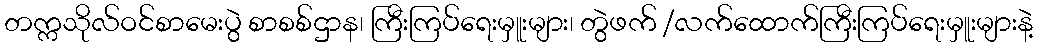
တက္ကသိုလ်ဝင်စာမေးပွဲ စာစစ်ဌာန၊ ကြီးကြပ်ရေးမှူးများ၊ တွဲဖက် /လက်ထောက်ကြီးကြပ်ရေးမှူးများနဲ့